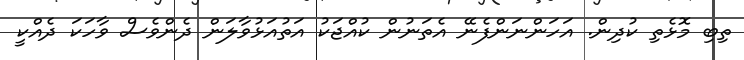
ތިބި މޮޅެތި ކުދިން. އަހަންނަންފެނޭ އެތަނުން ކުއްޖަކު އަތުއަޅުވާލަން ދެންވެސް ވާހަކަ ދެއްކީ